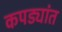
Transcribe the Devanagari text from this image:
कपड्यांत